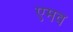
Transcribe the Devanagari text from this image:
एमव